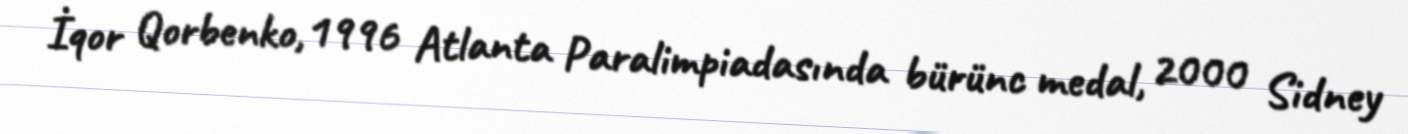
İqor Qorbenko, 1996 Atlanta Paralimpiadasında bürünc medal, 2000 Sidney